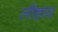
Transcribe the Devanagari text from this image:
लीहाय